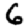
Digit: 6